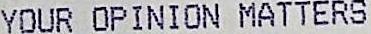
YOUR OPINION MATTERS